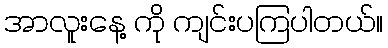
အာလူးနေ့ ကို ကျင်းပကြပါတယ်။